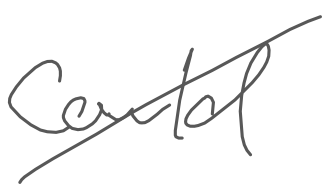
Text: could
Cross-out: diagonal
Writing tool: digital_gray